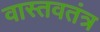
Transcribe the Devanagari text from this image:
वास्तवतंत्र